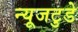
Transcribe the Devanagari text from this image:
न्यूजटुडे